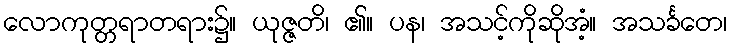
လောကုတ္တရာတရား၌။ ယုဇ္ဇတိ၊ ၏။ ပန၊ အသင့်ကိုဆိုအံ့။ အသင်္ခတေ၊